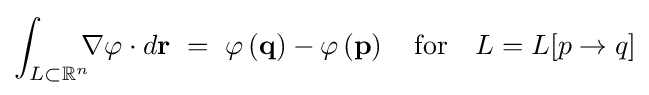
\int _{L\subset \mathbb {R} ^{n}}\!\!\!\nabla \varphi \cdot d\mathbf {r} \ =\ \varphi \left(\mathbf {q} \right)-\varphi \left(\mathbf {p} \right)\ \ {\text{ for }}\ \ L=L[p\to q]